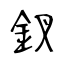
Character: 釵